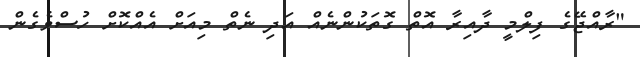
"ރާއްޖޭގެ ފިލްމީ ދާއިރާ އޮތް ގޮތަކުންނެއް އަދި ނެތް މިއަށް އެއްކޮށް ހުސްވެގެން